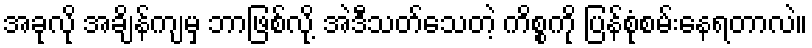
အခုလို အချိန်ကျမှ ဘာဖြစ်လို့ အဲဒီသတ်သေတဲ့ ကိစ္စကို ပြန်စုံစမ်းနေရတာလဲ။